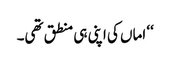
‘‘ اماں کی اپنی ہی منطق تھی۔